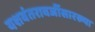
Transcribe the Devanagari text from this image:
यशवंतरावजींसारख्या